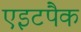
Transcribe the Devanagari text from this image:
एइटपैक